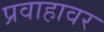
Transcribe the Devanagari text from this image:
प्रवाहावर